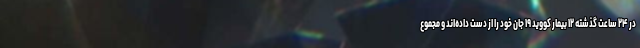
در ۲۴ ساعت گذشته ۱۲ بیمار کووید ۱۹ جان خود را از دست داده‌اند و مجموع